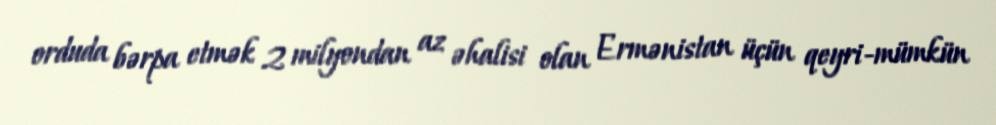
orduda bərpa etmək 2 milyondan az əhalisi olan Ermənistan üçün qeyri-mümkün